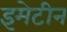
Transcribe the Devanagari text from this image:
इमेटीन